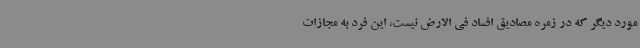
مورد دیگر که در زمره مصادیق افساد فی الارض نیست، این فرد به مجازات